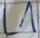
Text: L1